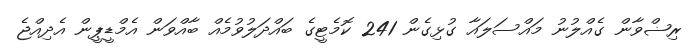
ރިޟްވާން ގެއްލުނު މައްސަލައާ ގުޅިގެން 241 ކޮމެޓީގެ ބައްދަލުވުމެއް ބާއްވަން އެމްޑީޕީން އެދިއްޖެ